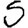
Digit: 5